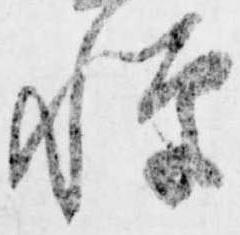
憚